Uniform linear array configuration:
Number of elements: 4
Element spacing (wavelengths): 0.25
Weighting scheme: kaiser
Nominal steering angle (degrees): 60
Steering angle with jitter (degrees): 58.072
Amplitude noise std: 0.05
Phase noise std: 0.05

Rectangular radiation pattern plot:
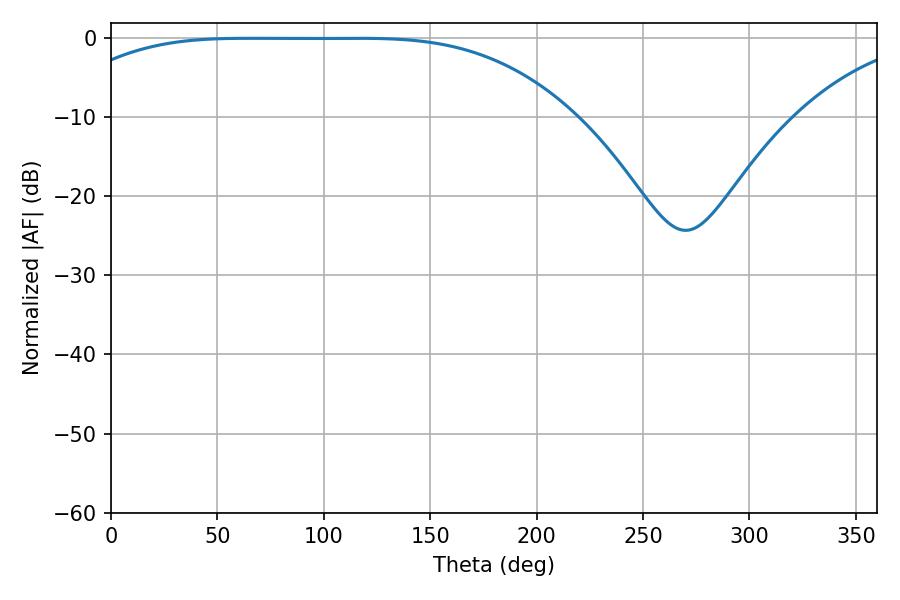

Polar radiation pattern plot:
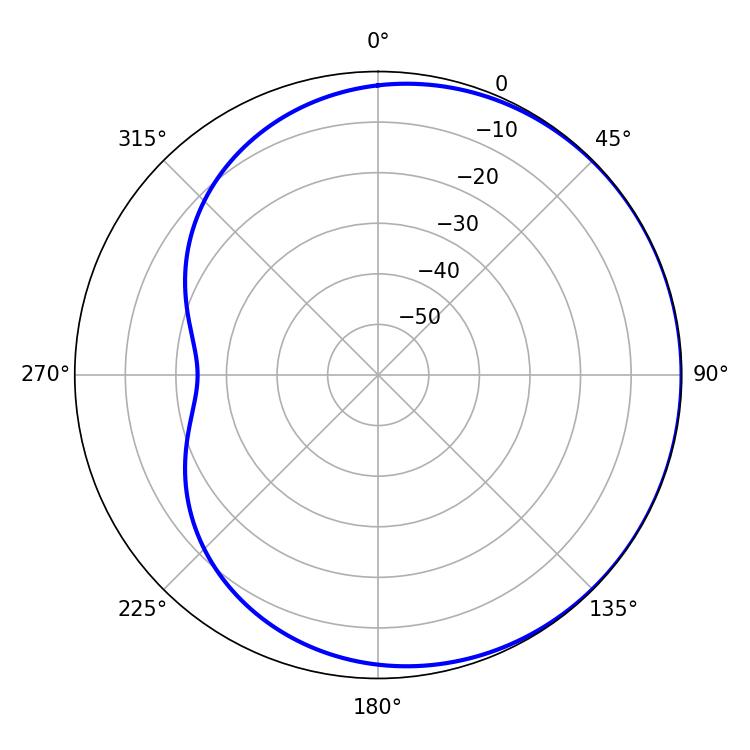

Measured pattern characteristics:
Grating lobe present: FALSE
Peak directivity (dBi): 0.5146
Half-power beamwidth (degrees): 182.34
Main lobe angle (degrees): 64.62